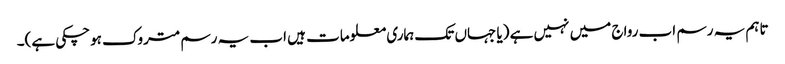
تاہم یہ رسم اب رواج میں نہیں ہے (یا جہاں تک ہماری معلومات ہیں اب یہ رسم متروک ہوچکی ہے)۔